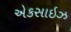
એકસાઇઝ